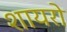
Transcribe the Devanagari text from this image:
शायरो